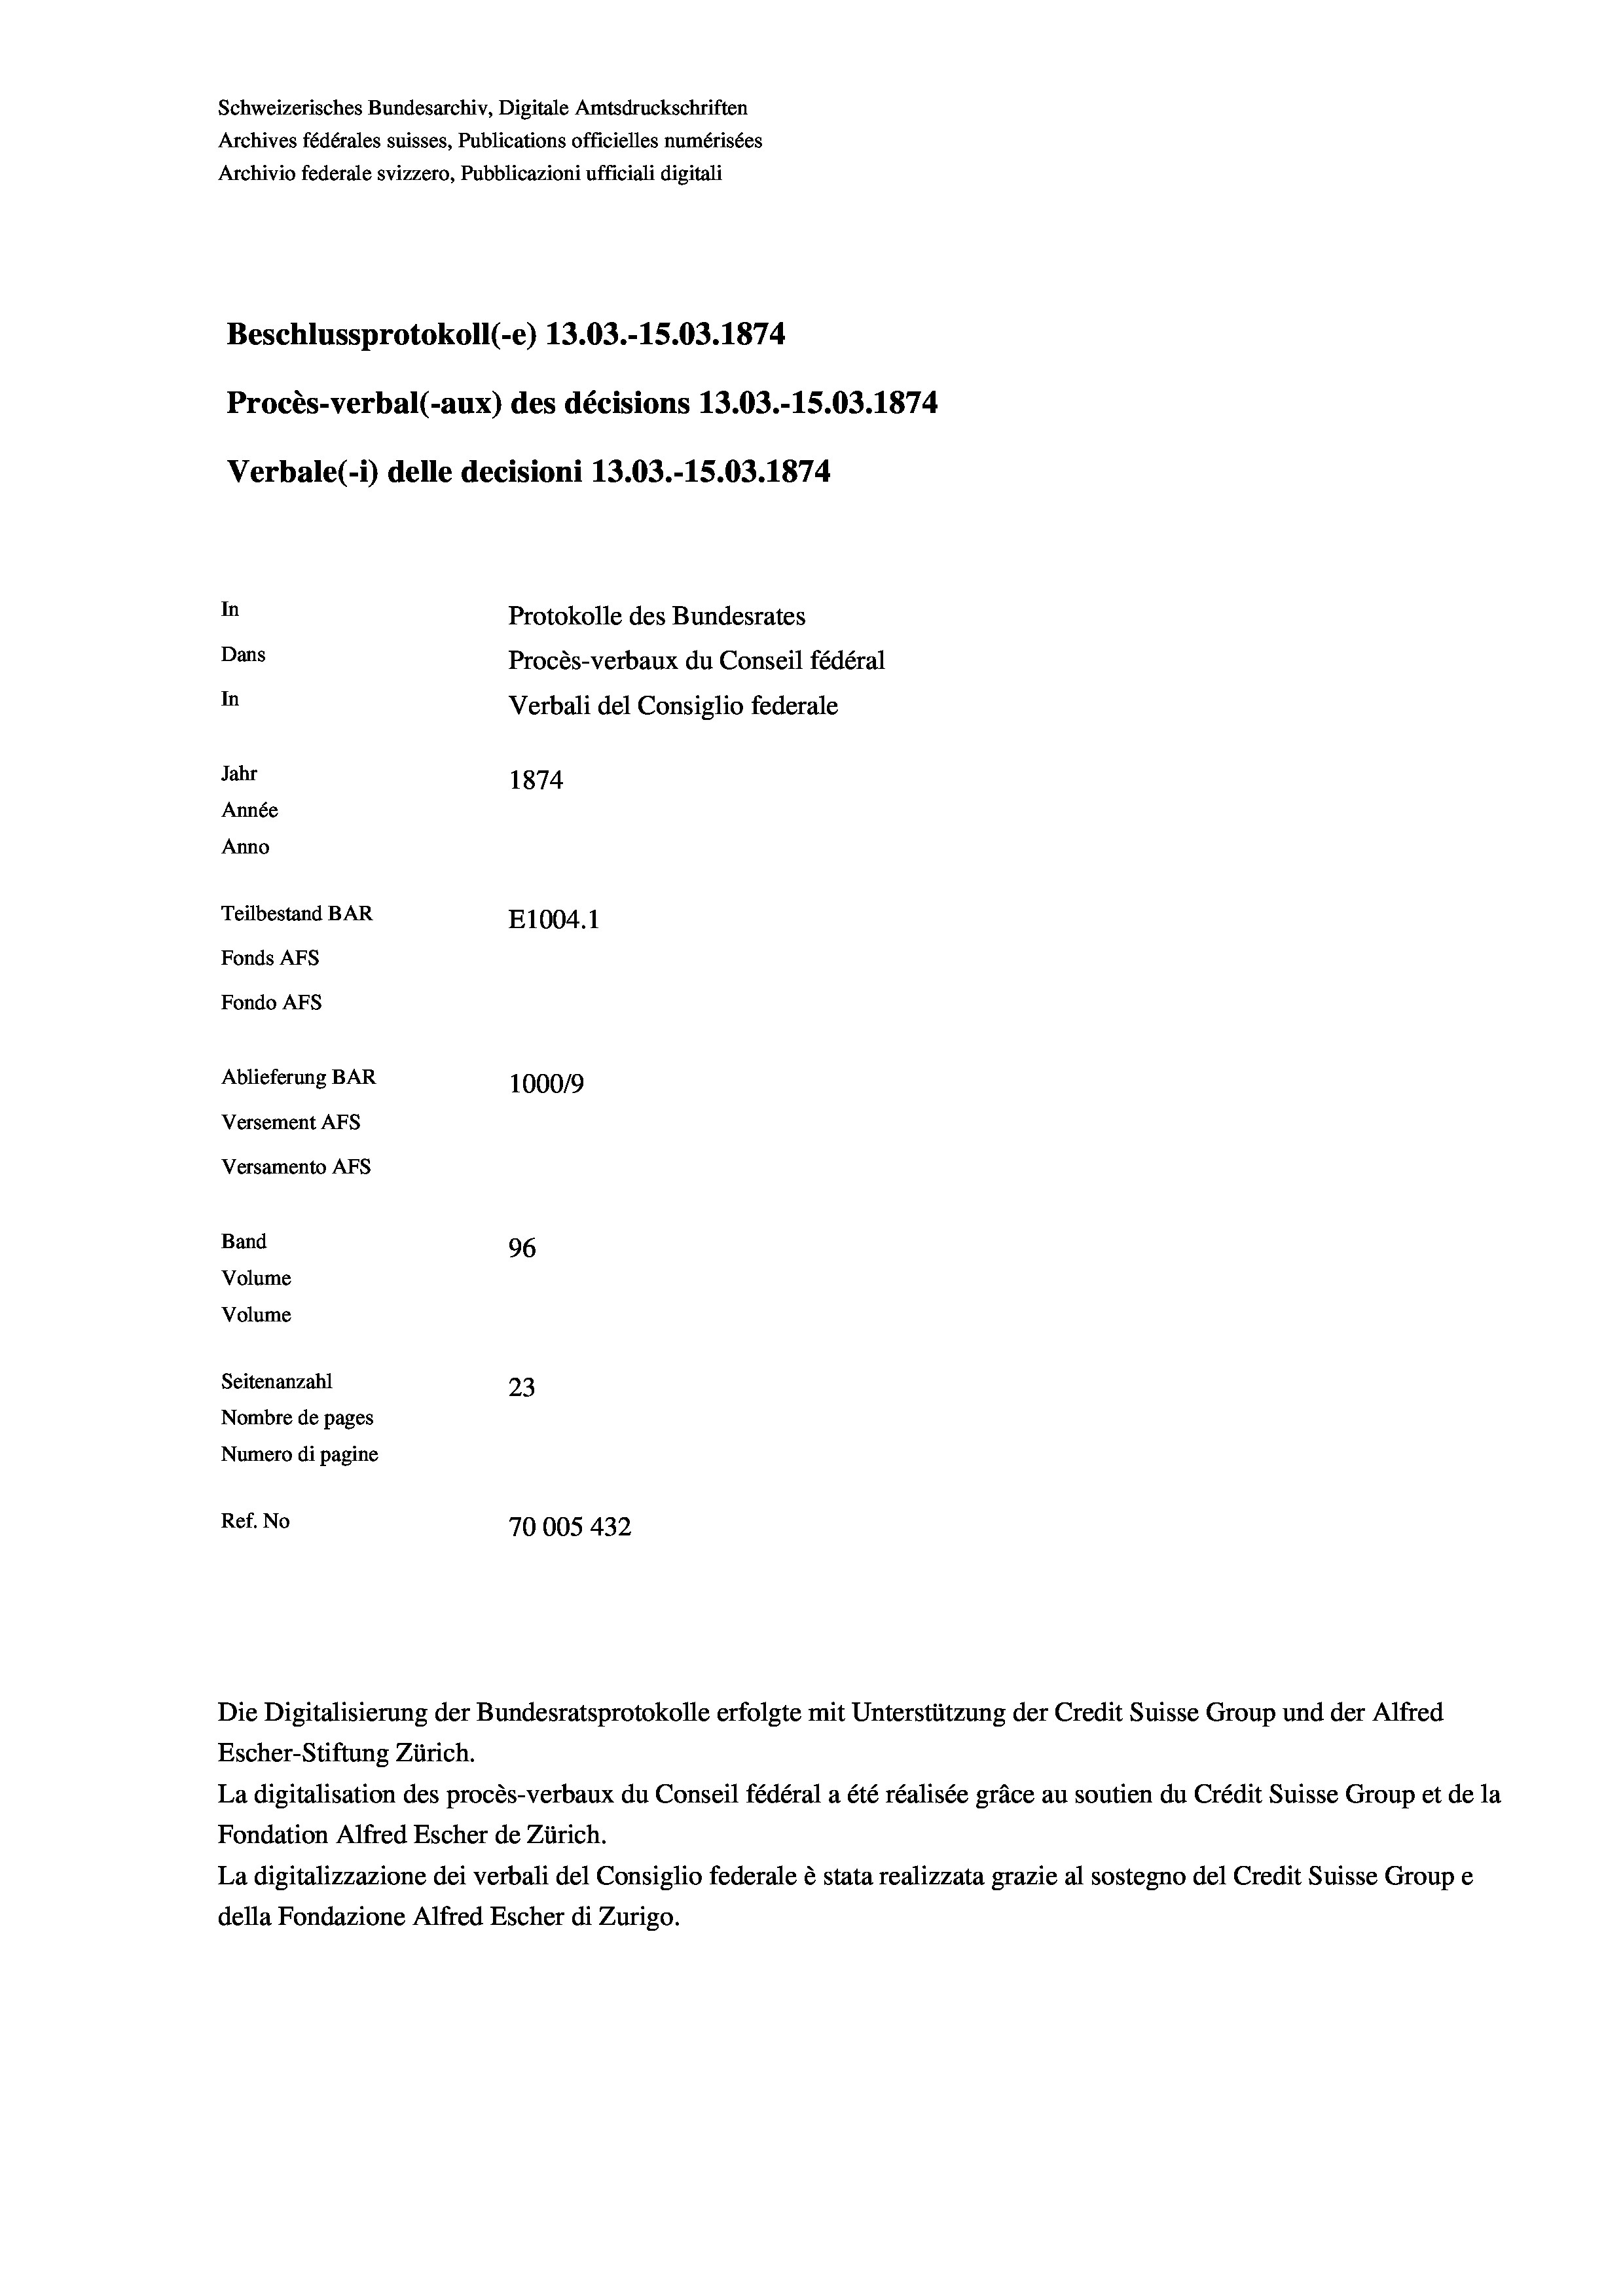
Schweizerisches Bundesarchiv, Digitale Amtsdruckschriften
Archives fédérales suisses, Publications officielles numérisées
Archivio federale svizzero, Pubblicazioni ufficiali digitali
Beschlussprotokoll (-e) 13.03.-15.03. 1874
Procès-verbal (-aux) des décisions 13.03.-15.03. 1874
Verbale (- 1) delle decisioni 13.03.-15.03. 1874
In
Protokolle des Bundesrates
Dans
Procès-verbaux du Conseil fédéral
In
Verbali del Consiglio federale
Jahr
1874
Année
Anno
Teilbestand BAR
E1004. 1
Fonds AFs
Fondo Afs
Ablieferung BAR
100019
Versement AFs
Versamento AFs
Band
96
Volume
Volume
Seitenanzahl
23
Nombre de pages
Numero di pagine
Ref. No
10005 432

La digitalisation des procès-verbaux du Conseil fédéral a été réalisée gräce au soutien du Crédit Suisse Group et de la
Fondation Alfred Escher de Zürich.
La digitalizzazione dei verbali del Consiglio federale è stata realizzata grazie al sostegno del Credit Suisse Groupe
della Fondazione Alfred Escher di Zurigo.

Die Digitalisierung der Bundesratsprotokolle erfolgte mit Unterstützung der Credit Suisse Group und der Alfred
Escher-Stiftung Zürich.